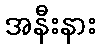
အနီးနား